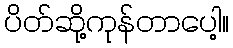
ပိတ်ဆို့ကုန်တာပေါ့။